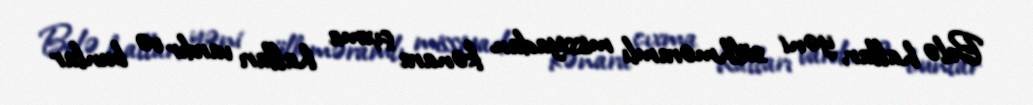
Belə hallar, yəni sülhməramlı missiyadan kənara çıxma halları vardır və bunlar